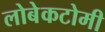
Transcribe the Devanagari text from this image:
लोबेकटोमी